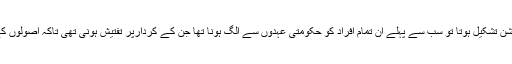
اگر عمران خان کے ان اصولوں پر کمیشن تشکیل ہوتا تو سب سے پہلے ان تمام افراد کو حکومتی عہدوں سے الگ ہونا تھا جن کے کردارپر تفتیش ہونی تھی تاکہ اصولوں کے تحت وہ تفتیش پر اثر انداز نہ ہوتے۔